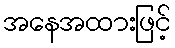
အနေအထားဖြင့်